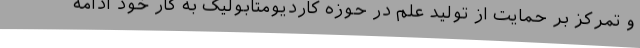
و تمرکز بر حمایت از تولید علم در حوزه کاردیومتابولیک به کار خود ادامه